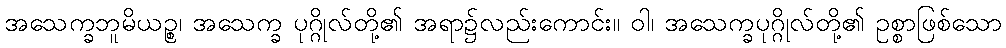
အသေက္ခဘူမိယဉ္စ၊ အသေက္ခ ပုဂ္ဂိုလ်တို့၏ အရာ၌လည်းကောင်း။ ဝါ၊ အသေက္ခပုဂ္ဂိုလ်တို့၏ ဥစ္စာဖြစ်သော